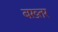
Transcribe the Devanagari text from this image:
बख़्तर